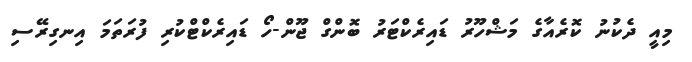
މިއީ ދެކުނު ކޮރެއާގެ މަޝްހޫރު ޑައިރެކްޓަރު ބޮންގް ޖޫން-ހޯ ޑައިރެކްޓްކުރި ފުރަތަމަ އިނގިރޭސި